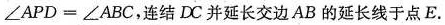
$$∠ A P D = ∠ A B C$$，连结DC并延长交边AB的延长线于点E.